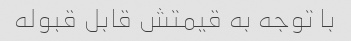
با توجه به قیمتش قابل قبوله